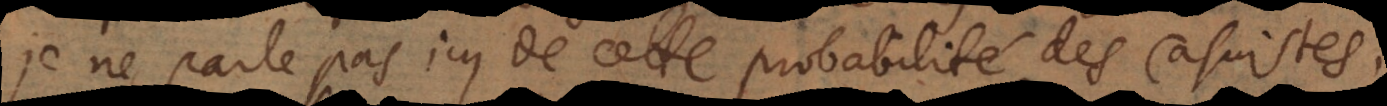
Je ne parle pas icy de cette probabilité des Casuistes,